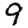
Digit: 9